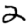
Digit: 2